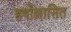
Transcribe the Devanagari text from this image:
हर्षोल्लासित